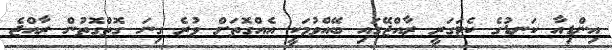
އިންޑިއާ ކަނޑުގެ ކެޓަގަރީ ރާއްޖޭގައި ބޭއްވުމަކީ އެއްގޮތަށް ވުރެ ގިނަ ގޮތްގޮތުން ރާއްޖެ